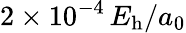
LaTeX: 2\times 10^{-4}\, E_{\mathrm{h}}/a_{0}